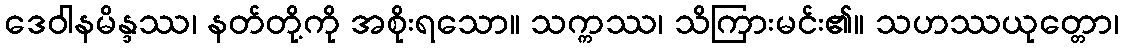
ဒေဝါနမိန္ဒဿ၊ နတ်တို့ကို အစိုးရသော။ သက္ကဿ၊ သိကြားမင်း၏။ သဟဿယုတ္တော၊